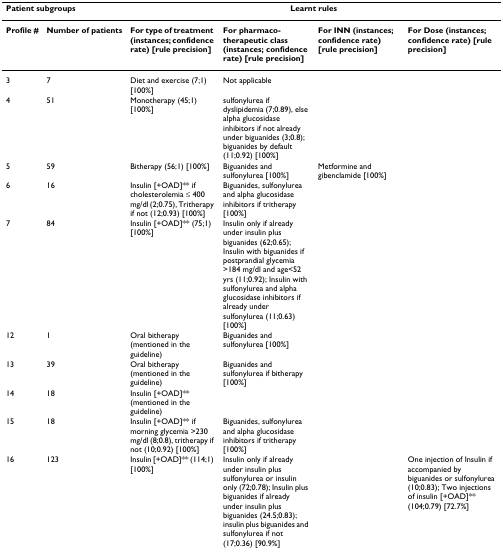
<table><thead><tr><td colspan="2"><b>Patient subgroups</b></td><td colspan="4"><b>Learnt rules</b></td></tr></thead><tbody><tr><td><b>Profile #</b></td><td><b>Number of patients</b></td><td><b>For type of treatment (instances; confidence rate) [rule precision]</b></td><td><b>For pharmaco- therapeutic class (instances; confidence rate) [rule precision]</b></td><td><b>For INN (instances; confidence rate) [rule precision]</b></td><td><b>For Dose (instances; confidence rate) [rule precision]</b></td></tr><tr><td>3</td><td>7</td><td>Diet and exercise (7;1) [100%]</td><td>Not applicable</td><td></td><td></td></tr><tr><td>4</td><td>51</td><td>Monotherapy (45;1) [100%]</td><td>sulfonylurea if dyslipidemia (7;0.89), else alpha glucosidase inhibitors if not already under biguanides (3;0.8); biguanides by default (11;0.92) [100%]</td><td></td><td></td></tr><tr><td>5</td><td>59</td><td>Bitherapy (56;1) [100%]</td><td>Biguanides and sulfonylurea [100%]</td><td>Metformine and gibenclamide [100%]</td><td></td></tr><tr><td>6</td><td>16</td><td>Insulin [+OAD]** if cholesterolemia ≤ 400 mg/dl (2;0.75), Tritherapy if not (12;0.93) [100%]</td><td>Biguanides, sulfonylurea and alpha glucosidase inhibitors if tritherapy [100%]</td><td></td><td></td></tr><tr><td>7</td><td>84</td><td>Insulin [+OAD]** (75;1) [100%]</td><td>Insulin only if already under insulin plus biguanides (62;0.65); Insulin with biguanides if postprandial glycemia &gt;184 mg/dl and age&lt;52 yrs (11;0.92); Insulin with sulfonylurea and alpha glucosidase inhibitors if already under sulfonylurea (11;0.63) [100%]</td><td></td><td></td></tr><tr><td>12</td><td>1</td><td>Oral bitherapy (mentioned in the guideline)</td><td>Biguanides and sulfonylurea [100%]</td><td></td><td></td></tr><tr><td>13</td><td>39</td><td>Oral bitherapy (mentioned in the guideline)</td><td>Biguanides and sulfonylurea if bitherapy [100%]</td><td></td><td></td></tr><tr><td>14</td><td>18</td><td>Insulin [+OAD]** (mentioned in the guideline)</td><td></td><td></td><td></td></tr><tr><td>15</td><td>18</td><td>Insulin [+OAD]** if morning glycemia &gt;230 mg/dl (8;0.8), tritherapy if not (10;0.92) [100%]</td><td>Biguanides, sulfonylurea and alpha glucosidase inhibitors if tritherapy [100%]</td><td></td><td></td></tr><tr><td>16</td><td>123</td><td>Insulin [+OAD]** (114;1) [100%]</td><td>Insulin only if already under insulin plus sulfonylurea or insulin only (72;0.78); Insulin plus biguanides if already under insulin plus biguanides (24.5;0.83); insulin plus biguanides and sulfonylurea if not (17;0.36) [90.9%]</td><td></td><td>One injection of Insulin if accompanied by biguanides or sulfonylurea (10;0.83); Two injections of insulin [+OAD]** (104;0.79) [72.7%]</td></tr></tbody></table>